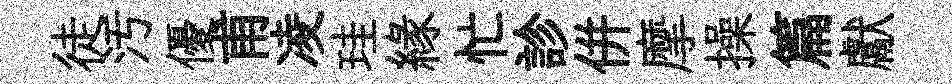
徒汚優甫凌珪緣忙診併摩操篇獻